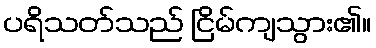
ပရိသတ်သည် ငြိမ်ကျသွား၏။